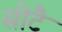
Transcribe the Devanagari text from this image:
सीटै